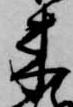
来